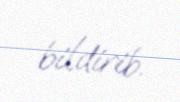
bildirib.